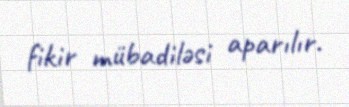
fikir mübadiləsi aparılır.